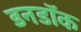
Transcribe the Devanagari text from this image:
डनडॉक